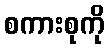
စကားစုကို